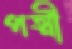
পত্মী